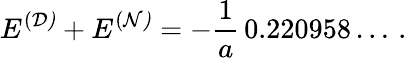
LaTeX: E^{(\cal D)}+E^{(\cal N)}=-\frac{1}{a}\, 0.220958\dots\, {.}